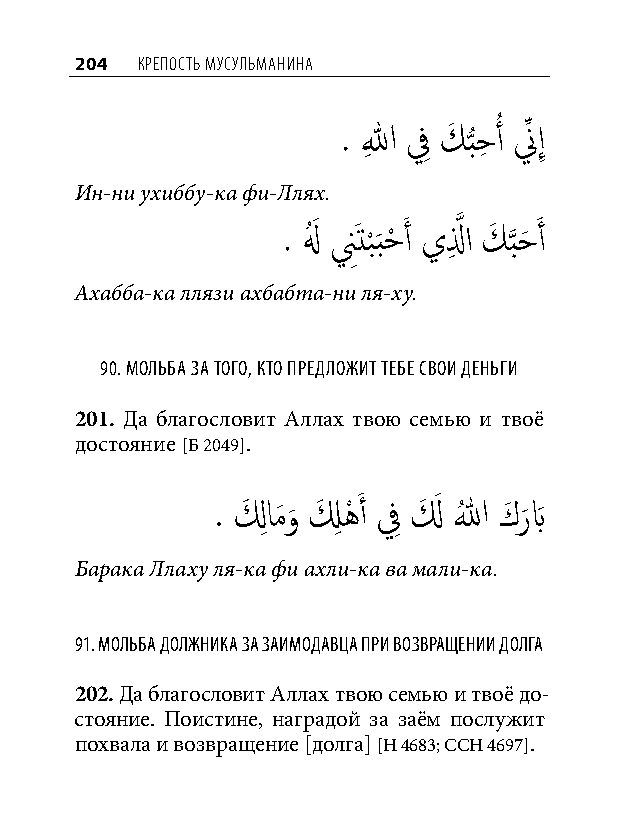
204 КреПость мусульманина
 . اللهِ فِ كَ بحِ أُ نِّ إِ
 ُّ
 Ин-ни ухиббу-ка фи-Ллях.
 . لهُ َ نَِتب
 ْ
 َبحْ َ أ يلِ َّذ ا كَ َّذبحَ َ أ
 Ахабба-ка ллязи ахбабта-ни ля-ху.
 90. мольба за того, кто предложит тебе Свои деньги
 201. Да благословит Аллах твою семью и твоё
 достояние [Б 2049].
 . لَ ِامَو
 َ
 لَ ِ هْ َ أ فِ لَ َ اللهُ كَ ر
 َ
 بَ
 Барака Ллаху ля-ка фи ахли-ка ва мали-ка.
 91. мольба должника за заимодавца при возвращении долга
 202. Да благословит Аллах твою семью и твоё до-
 стояние. Поистине, наградой за заём послужит
 похвала и возвращение [долга] [Н 4683; ССН 4697].